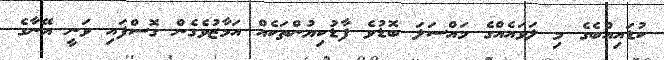
ކުޑައިއްބެގެ މި ލަވައެއްގެ މައްސަލަ ބޮޑުވެ ފާޑުކިޔުންތަކެއް އަމާޒުވެގެން ގޮސްފައި ވަނީ އޭނާގެ